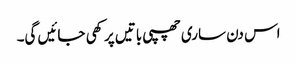
اس دن ساری چھپی باتیں پرکھی جائیں گی۔